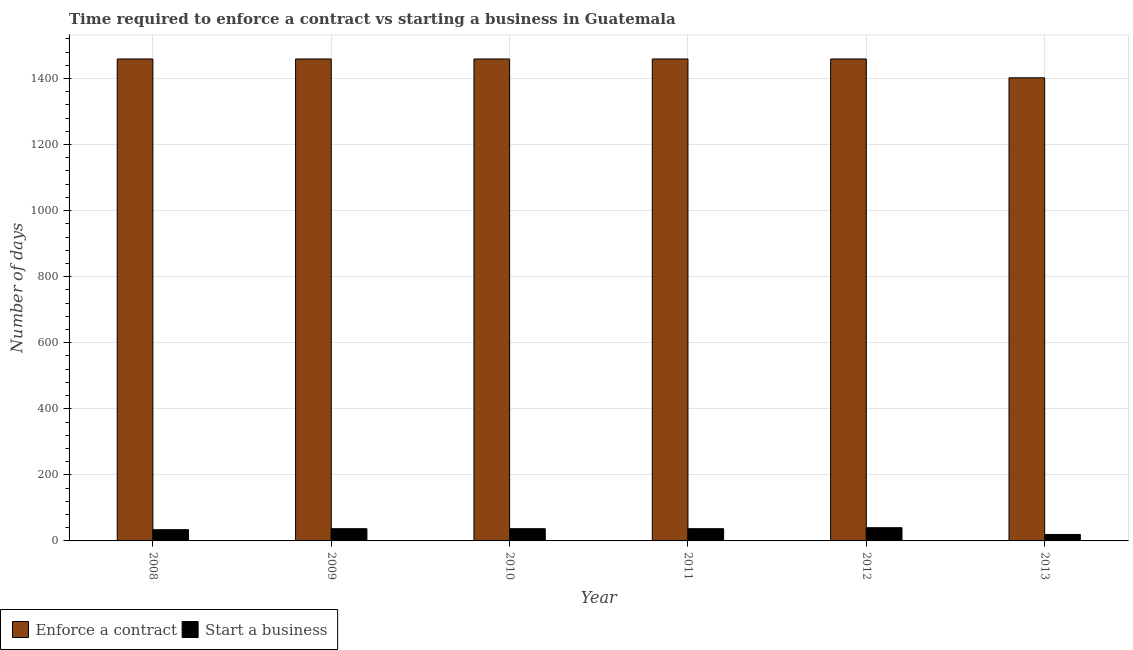
| Year | Enforce a contract | Start a business |
 | --- | --- | --- |
 | 2008 | 1.46e+03 | 34 |
 | 2009 | 1.46e+03 | 37 |
 | 2010 | 1.46e+03 | 37 |
 | 2011 | 1.46e+03 | 37 |
 | 2012 | 1.46e+03 | 40 |
 | 2013 | 1.4e+03 | 19.5 |